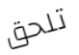
تلحق